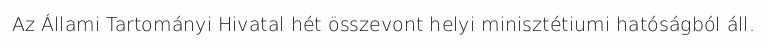
Az Állami Tartományi Hivatal hét összevont helyi minisztétiumi hatóságból áll.